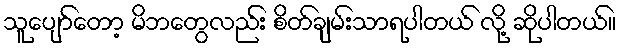
သူပျော်တော့ မိဘတွေလည်း စိတ်ချမ်းသာရပါတယ် လို့ ဆိုပါတယ်။